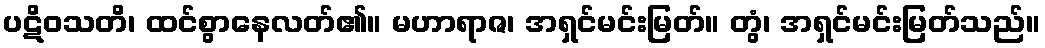
ပဋိဝသတိ၊ ထင်စွာနေလတ်၏။ မဟာရာဇ၊ အရှင်မင်းမြတ်။ တွံ၊ အရှင်မင်းမြတ်သည်။